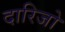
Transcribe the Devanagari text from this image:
दारिजो